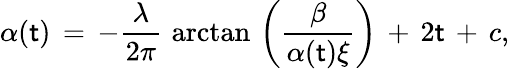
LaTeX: \alpha(\mathsf{t})\, =\, -{\frac{{\lambda}}{{2\pi}}}\, \arctan\, \left({\frac{{\beta}}{{\alpha(\mathsf{t})\xi}}}\right)\, +\, 2\mathsf{t}\, +\, c,